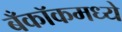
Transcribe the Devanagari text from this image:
बँकॉकमध्ये